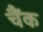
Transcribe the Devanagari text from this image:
चैंक